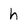
Character: h